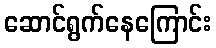
ဆောင်ရွက်နေကြောင်း